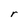
Character: r